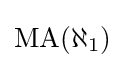
{\textstyle \operatorname {MA} (\aleph _{1})}